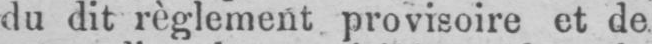
du dit règlement provisoire et de